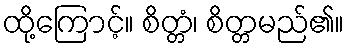
ထို့ကြောင့်။ စိတ္တံ၊ စိတ္တမည်၏။